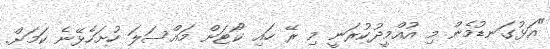
"އަޅުގަނޑުމެން މި އުއްމީދުކުރަނީ މި ރޭ ހައި ކޯޓަށް މައްސަލަ ހުށަހެޅޭނެ ކަމަށް.